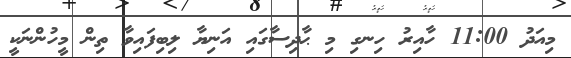
މިއަދު 11:00 ހާއިރު ހިނގި މި ޙާދިސާގައި އަނިޔާ ލިބިފައިވާ ތިން މީހުންނަކީ